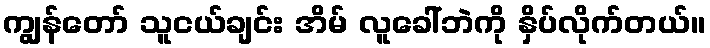
ကျွန်တော် သူငယ်ချင်း အိမ် လူခေါ်ဘဲကို နှိပ်လိုက်တယ်။